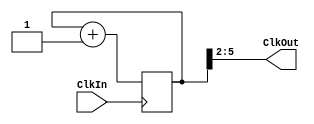
`timescale 1ns / 1ps
`default_nettype none

module clock_divider(ClkOut, ClkIn);

    output wire [3:0] ClkOut;
    input wire ClkIn;   // wires can drive regs
    
    parameter n = 5;
    
    reg [n:0] Count;
    
    always@(posedge ClkIn)  //this should look familiar...
        Count <= Count + 1;
    
    // now we wire up ClkOut (4-bit wire) to most significant bits
    assign ClkOut[3:0] = Count[n:n-3];
    
endmodule